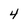
Character: 4